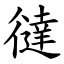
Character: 㣵